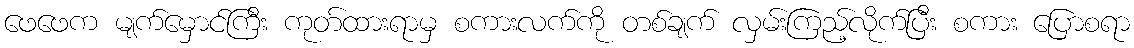
ဖေဖေက မျက်မှောင်ကြီး ကုတ်ထားရာမှ စကားလက်ကို တစ်ချက် လှမ်းကြည့်လိုက်ပြီး စကား ပြောစရာ